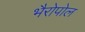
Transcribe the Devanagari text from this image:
भैरोपोल